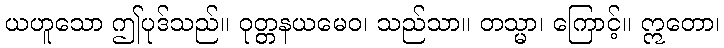
ယဟူသော ဤပုဒ်သည်။ ဝုတ္တနယမေဝ၊ သည်သာ။ တသ္မာ၊ ကြောင့်။ ဣတော၊